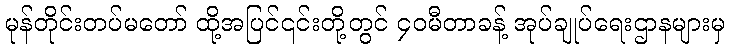
မုန်တိုင်းတပ်မတော် ထို့အပြင်၎င်းတို့တွင် ၄၀မီတာခန့် အုပ်ချုပ်ရေးဌာနများမှ